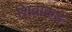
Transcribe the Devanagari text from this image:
शिवाकडे